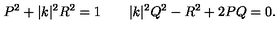
P ^ { 2 } + | k | ^ { 2 } R ^ { 2 } = 1 \qquad | k | ^ { 2 } Q ^ { 2 } - R ^ { 2 } + 2 P Q = 0 .